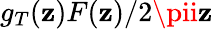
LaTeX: g_{T}(\mathbf{z})F(\mathbf{z})/2\pii\mathbf{z}